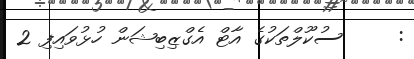
:     ސުކޫލްތަކުގެ އާޓް އެގްޒިބިޝަން ހުޅުވައިފި 2